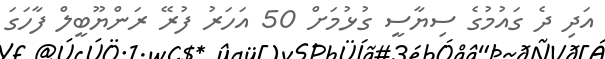
އަދި ދެ ގައުމުގެ ސިޔާސީ ގުޅުމަށް 50 އަހަރު ފުރޭ ރަންޔޫބީލް ފާހަގަ